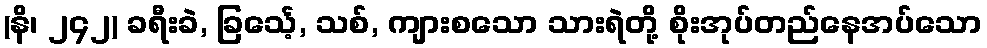
(နိ၊ ၂၄၂) ခရီးခဲ, ခြင်္သေ့, သစ်, ကျားစသော သားရဲတို့ စိုးအုပ်တည်နေအပ်သော